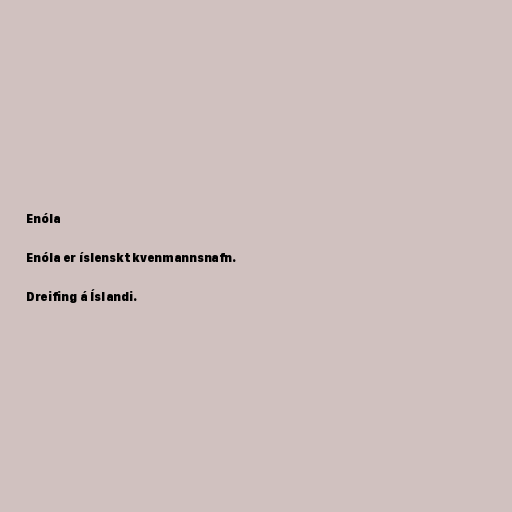
Enóla

Enóla er íslenskt kvenmannsnafn.

Dreifing á Íslandi.